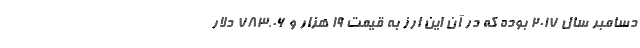
دسامبر سال ۲۰۱۷ بوده که در آن این ارز به قیمت ۱۹ هزار و ۷۸۳.۰۶ دلار